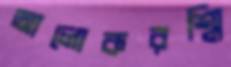
আলোকরশ্মি